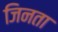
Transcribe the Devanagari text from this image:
जिनता